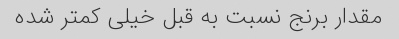
مقدار برنج نسبت به قبل خیلی کمتر شده